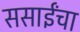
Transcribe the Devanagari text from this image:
ससाईंचा